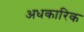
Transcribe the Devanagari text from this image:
अधकारिक